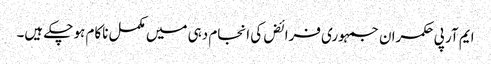
ایم آر پی	حکمران جمہوری فرائض کی انجام دہی میں مکمل ناکام ہو چکے ہیں۔